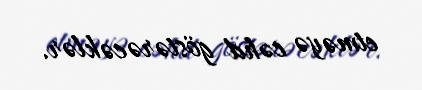
etməyə cəhd göstərəcəklər.